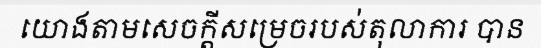
យោងតាមសេចក្តីសម្រេចរបស់តុលាការ បាន